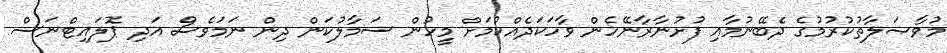
މުވާޞަލާތުކުރުމުގެ ދެބޭނުމާއި ފުށުނާރާނޭހެން ވާހަކަދެއްކުމަށް މީހުން ސަމާލުކަން ދިން ނަމަވެސް އަދި ޕޮލައިޓްނަސް